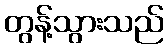
တွန့်သွားသည်